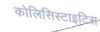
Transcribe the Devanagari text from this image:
कोलिसिस्टाइटिस